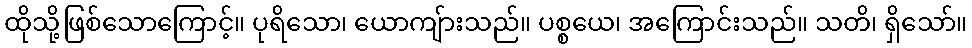
ထိုသို့ဖြစ်သောကြောင့်။ ပုရိသော၊ ယောကျ်ားသည်။ ပစ္စယေ၊ အကြောင်းသည်။ သတိ၊ ရှိသော်။